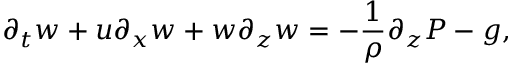
\partial _ { t } w + u \partial _ { x } w + w \partial _ { z } w = - \frac { 1 } { \rho } \partial _ { z } P - g ,